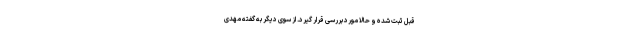
قبل ثبت شده و حالا مورد بررسی قرار گیرد. از سوی دیگر به گفته مهدی